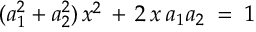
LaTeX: ( a _ { 1 } ^ { 2 } + a _ { 2 } ^ { 2 } ) \, x ^ { 2 } \, + \, 2 \, x \, a _ { 1 } a _ { 2 } \; = \; 1